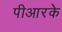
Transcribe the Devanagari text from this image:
पीआरके